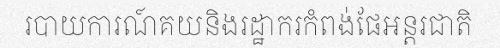
របាយការណ៍គយនិងរដ្ឋាករកំពង់ផែអន្តរជាតិ